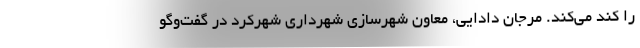
را کند می‌کند. مرجان دادایی، معاون شهرسازی شهرداری شهرکرد در گفت‌وگو